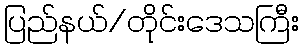
ပြည်နယ်/တိုင်းဒေသကြီး